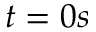
t = 0 s